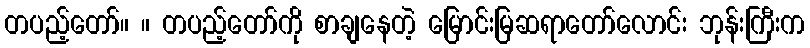
တပည့်တော်။ ။ တပည့်တော်ကို စာချနေတဲ့ မြောင်းမြဆရာတော်လောင်း ဘုန်းကြီးက